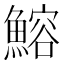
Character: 鰫